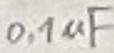
Text: 0,1µF